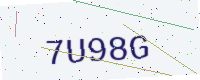
Text: 7U98G